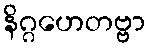
နိဂ္ဂဟေတဗ္ဗာ